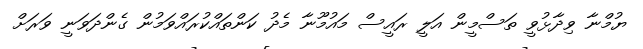
ޔުމްނާ ވިދާޅުވީ ތަސްމީން އަލީ ރައީސް މައުމޫނާ މެދު ކަންތައްކުރައްވަމުން ގެންދަވަނީ ވަރަށް